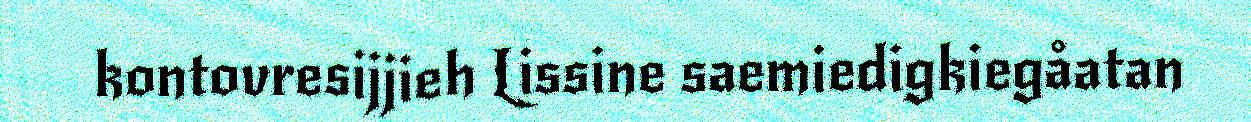
kontovresijjieh Lissine saemiedigkiegåatan